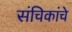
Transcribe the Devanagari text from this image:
संचिकांचे